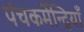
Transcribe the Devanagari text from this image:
पंचकर्मेन्द्रियाँ